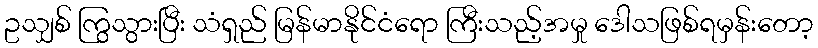
ဥသျှစ် ကြွသွားပြီး သံရှည် မြန်မာနိုင်ငံရော ကြီးသည့်အမှု ဒေါသဖြစ်ရမှန်းတော့